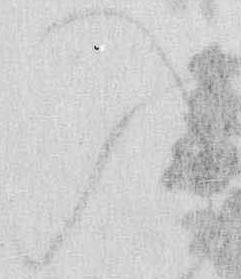
入